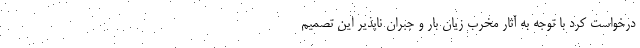
درخواست کرد با توجه به آثار مخرب زیان بار و جبران ناپذیر این تصمیم